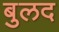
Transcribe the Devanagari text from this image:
बुलद